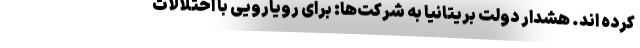
کرده اند. هشدار دولت بریتانیا به شرکت‌ها: برای رویارویی با اختلالات